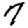
Digit: 7